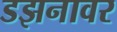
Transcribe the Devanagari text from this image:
डझनावर